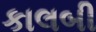
કાલબી